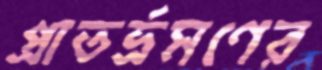
প্রাতর্ভ্রমণের